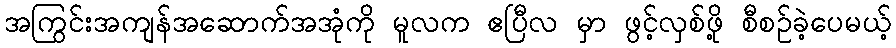
အကြွင်းအကျန်အဆောက်အအုံကို မူလက ဧပြီလ မှာ ဖွင့်လှစ်ဖို့ စီစဉ်ခဲ့ပေမယ့်